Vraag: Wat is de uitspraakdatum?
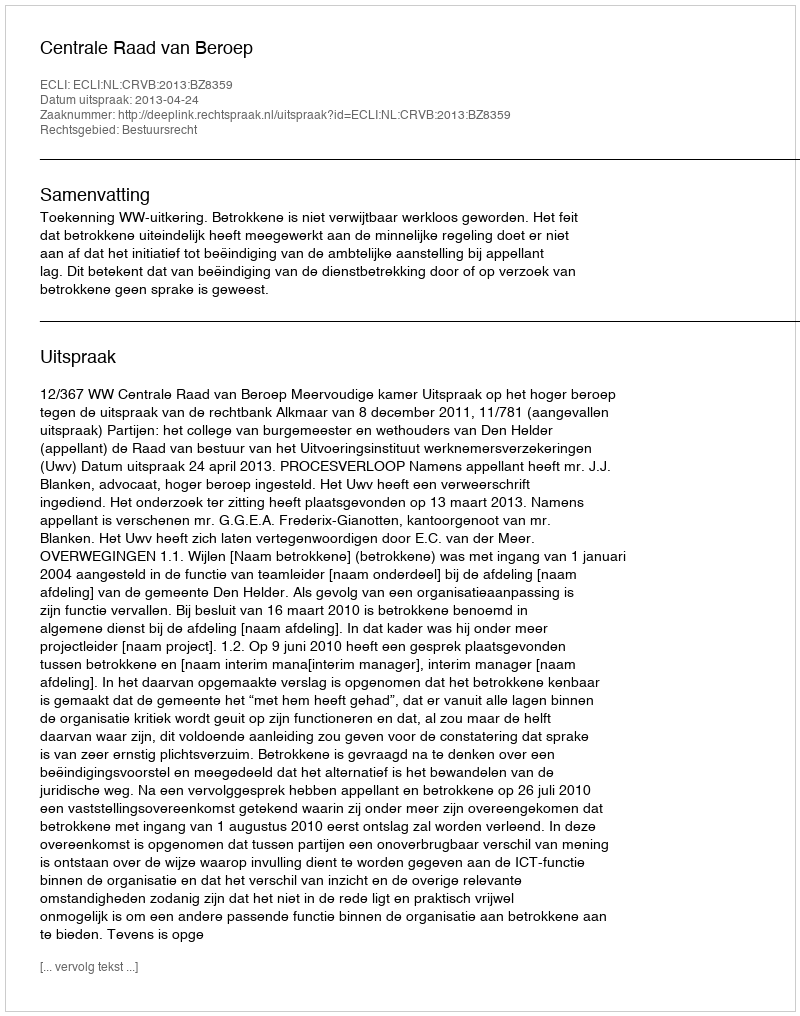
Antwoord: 2013-04-24